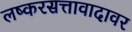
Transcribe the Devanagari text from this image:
लष्करसत्तावादावर